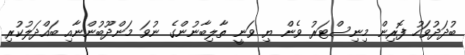
ބުދަދުވަހު ފޮރިން މިނިސްޓަރު ވެން ޔި ވަނީ ތާލިބާނުންގެ ނުވަ މަންދޫބުންނާއި ބައްދަލުކުރި